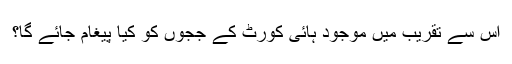
اس سے تقریب میں موجود ہائی کورٹ کے ججوں کو کیا پیغام جائے گا؟